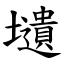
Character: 壝